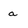
Character: a